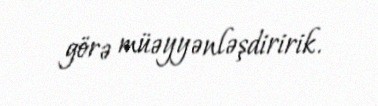
görə müəyyənləşdiririk.